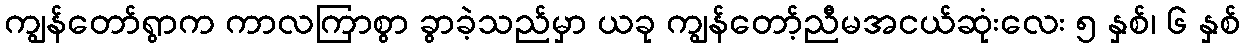
ကျွန်တော်ရွာက ကာလကြာစွာ ခွာခဲ့သည်မှာ ယခု ကျွန်တော့်ညီမအငယ်ဆုံးလေး ၅ နှစ်၊ ၆ နှစ်